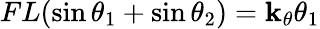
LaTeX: FL(\sin\theta_{1}+\sin\theta_{2})=\mathbf{k}_{\theta}\theta_{1}